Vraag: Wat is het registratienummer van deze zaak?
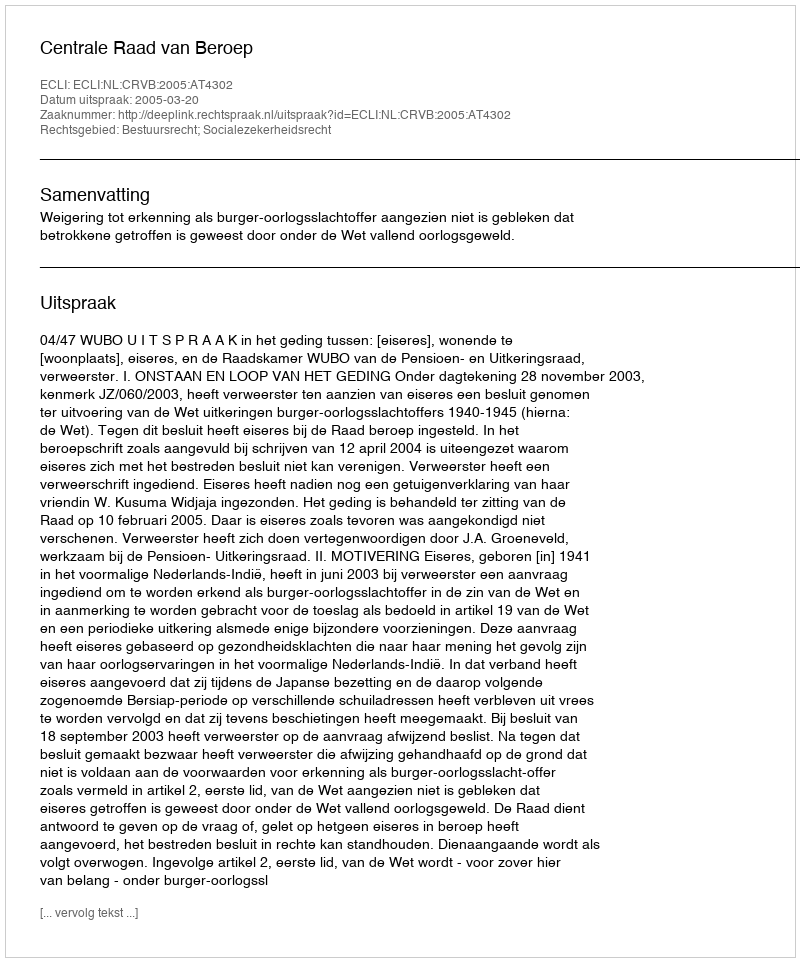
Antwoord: http://deeplink.rechtspraak.nl/uitspraak?id=ECLI:NL:CRVB:2005:AT4302